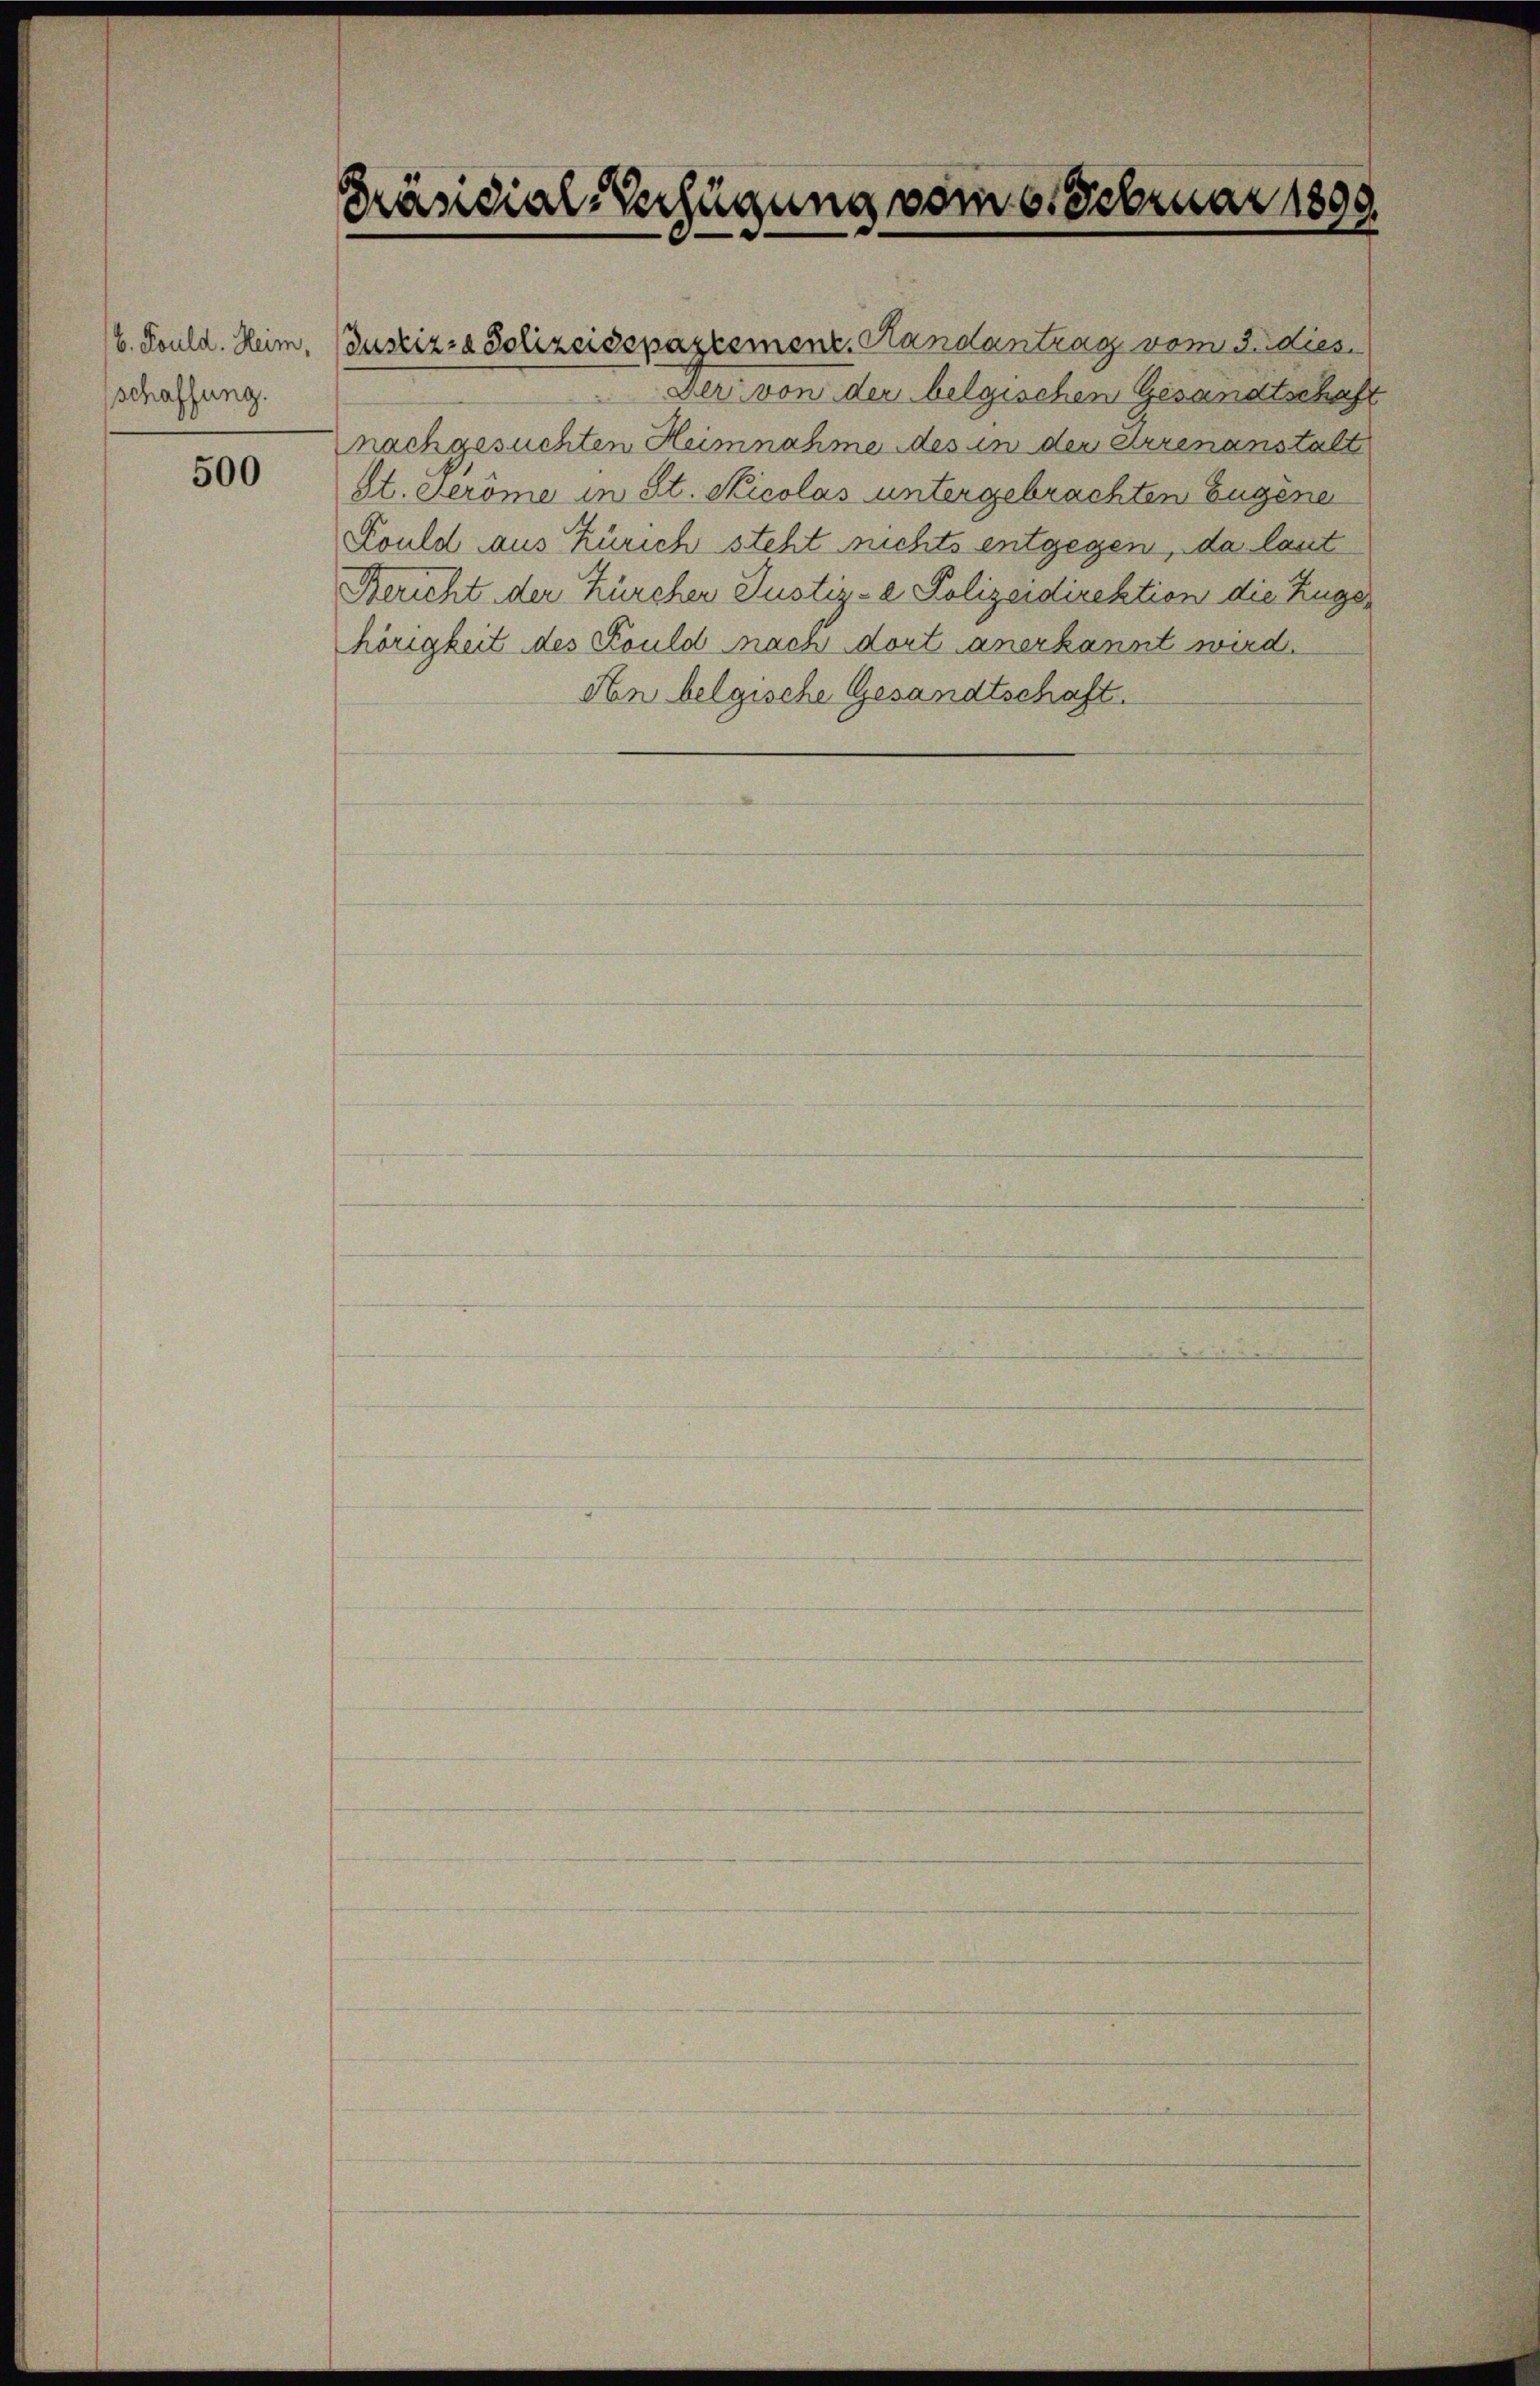
b. Fould. Heim,
schaffung.

500

Präsidial-Verfügung vom 6. Februar 1890.

Justiz- & Schreisepazcement. Handantrag vom 3. Dies
Der von der belgischen Gesandtschaft
nachgesuchten Heimnahme des in der Arrenanstalt
St. Jerome in St. Nicolas untergebrachten Eugene
Fould aus Zürich steht nichts entgegen, da laut

Bericht der Kürcher Justiz- & Polizeidirektion die Züger
hörigkeit des Sould nach dort anerkannt wird.
An belgische Gesandtschaft.